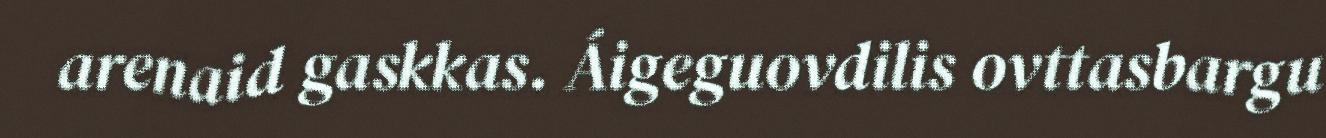
arenaid gaskkas. Áigeguovdilis ovttasbargu